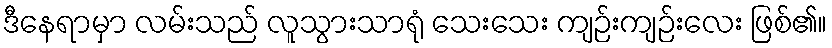
ဒီနေရာမှာ လမ်းသည် လူသွားသာရုံ သေးသေး ကျဉ်းကျဉ်းလေး ဖြစ်၏။